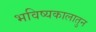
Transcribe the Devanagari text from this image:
भविष्यकालातुन